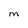
Character: M